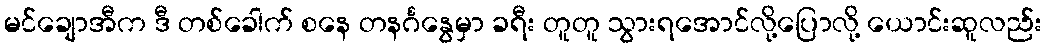
မင်ချောအီက ဒီ တစ်ခေါက် စနေ တနင်္ဂနွေမှာ ခရီး တူတူ သွားရအောင်လို့ပြောလို့ ယောင်းဆူလည်း